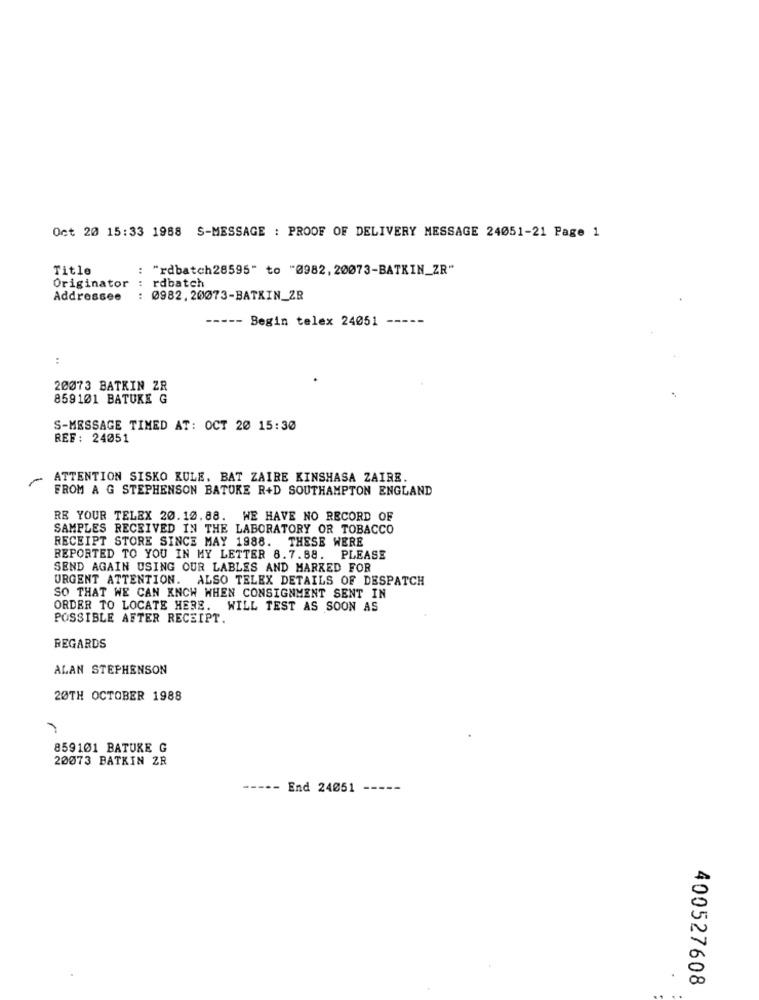
Oct 20 15:33 1988 S-MESSAGE : PROOF OF DELIVERY MESSAGE 24051-21 Page 1
Title
: "rdbatch28595" to "0982, 20073-BATKIN_ZR"
: rdbatch
Originator
Addressee
: 0982. 20073-BATKIN_ZR
--- Begin telex 24051
:
20073 BATKIN ZR
859101 BATUKE G
S-MESSAGE TIMED AT: OCT 20 15:30
REF: 24051
-
ATTENTION SISKO KULE, BAT ZAIRE KINSHASA ZAIRE.
FROM A G STEPHENSON BATUKE R+D SOUTHAMPTON ENGLAND
RE YOUR TELEX 20.10.88. WE HAVE NO RECORD OF
SAMPLES RECEIVED IN THE LABORATORY OR TOBACCO
RECEIPT STORE SINCE MAY 1988. THESE WERE
REPORTED TO YOU IN MY LETTER 8.7.88. PLEASE
SEND AGAIN USING OUR LABLES AND MARKED FOR
URGENT ATTENTION. ALSO TELEX DETAILS OF DESPATCH
SO THAT WE CAN KNCW WHEN CONSIGNMENT SENT IN
ORDER TO LOCATE HERE. WILL TEST AS SOON AS
POSSIBLE AFTER RECEIPT.
REGARDS
ALAN STEPHENSON
20TH OCTOBER 1988
859101 BATURE G
20073 BATKIN ZR
-----
End 24051
400527608